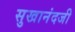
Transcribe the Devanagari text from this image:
सुखानंदजी